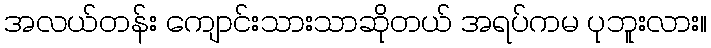
အလယ်တန်း ကျောင်းသားသာဆိုတယ် အရပ်ကမ ပုဘူးလား။